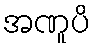
အဏူပိ